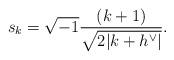
LaTeX: \begin{align*}s_k=\sqrt{-1}\frac{(k+1)}{\sqrt{2|k+h^\vee|}}.\end{align*}